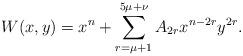
LaTeX: \begin{align*}W(x,y)=x^n + \sum_{r=\mu+1}^{5\mu+\nu} A_{2r} x^{n-2r} y^{2r}.\end{align*}